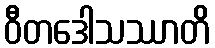
ဝီတဒေါသဿာတိ